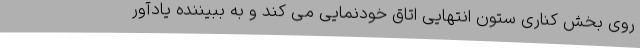
روی بخش کناری ستون انتهایی اتاق خودنمایی می کند و به ببیننده یادآور